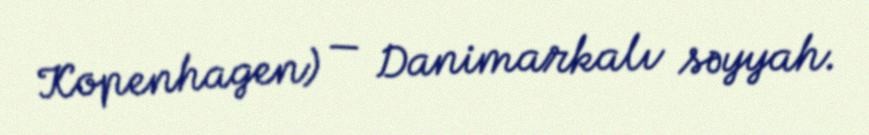
Kopenhagen) — Danimarkalı səyyah.